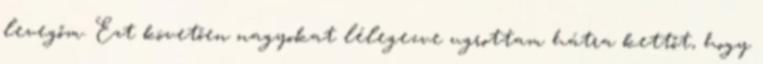
levegőm. Ezt követően nagyokat lélegezve ugrottam hátra kettőt, hogy